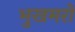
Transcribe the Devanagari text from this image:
भुखमरों